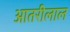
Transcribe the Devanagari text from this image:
आतरीलाल